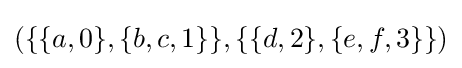
(\{\{a,0\},\{b,c,1\}\},\{\{d,2\},\{e,f,3\}\})